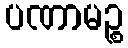
ပဏာမဉ္စ